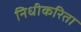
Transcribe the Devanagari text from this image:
निधीकरिता